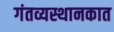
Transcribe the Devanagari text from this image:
गंतव्यस्थानकात